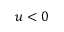
u < 0